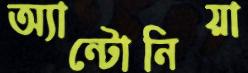
অ্যান্টোনিয়া